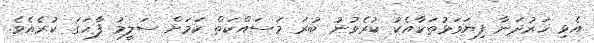
އެޅި ހަރުދަނާ ފިޔަވަޅުތަކާއެކު ކުރެވުނު ބުރަ މަސައްކަތް ކަމަށް ސަލީމު ފާހަގަ ކުރެއެވެ.